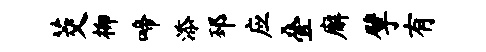
茭柳啼添邳应叠廨擘有